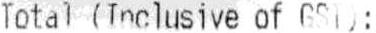
TOTAL (INCLUSIVE OF GST):